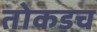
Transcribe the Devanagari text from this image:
तोकडच